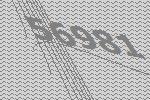
56981